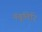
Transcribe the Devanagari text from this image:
नंबूतिरि